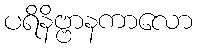
ပရိနိဗ္ဗာနကာလော